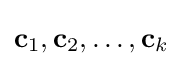
\mathbf {c} _{1},\mathbf {c} _{2},\dots ,\mathbf {c} _{k}